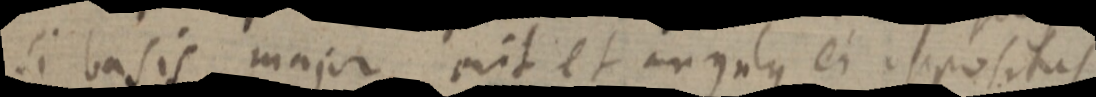
si basis major erit et angulus ei spositus